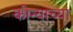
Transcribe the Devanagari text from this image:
कोन्याच्या